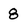
Character: 8